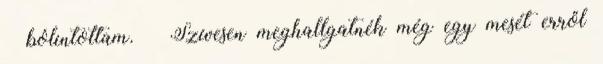
– bólintottam. – Szívesen meghallgatnék még egy mesét erről